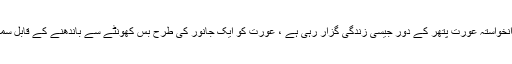
لیکن کچھ عرصے سے جو مفاد پرست عناصر یہ تاثر دینا شروع ہو گئے ہیں کہ خدانخواستہ عورت پتھر کے دور جیسی زندگی گزار رہی ہے ، عورت کو ایک جانور کی طرح بس کھونٹے سے باندھنے کے قابل سمجھا جاتا ہے، یہ نہ صرف مکمل طور پر غلط ہے بلکہ اس میں حقیقت بھی نہیں ہے۔